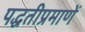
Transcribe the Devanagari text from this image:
पद्धतीप्रमाणें